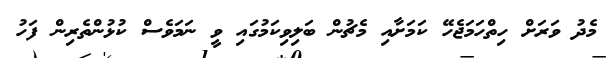
މެދު ވަރަށް ހިތްހަމަޖެހޭ ކަމަށާއި މެޗުން ބަލިވިކަމުގައި ވީ ނަމަވެސް ކުޅުންތެރިން ފަހު